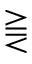
\gtreqqless